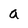
Character: a